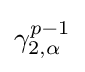
\gamma _{2,\alpha }^{p-1}